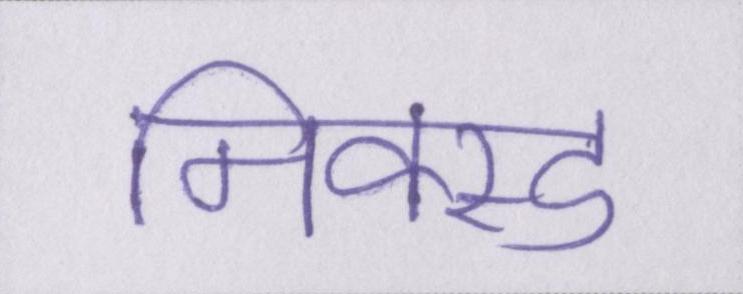
मिक्स्ड